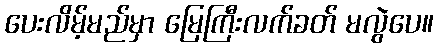
ပေးလိမ့်မည်မှာ မြေကြီးလက်ခတ် မလွဲပေ။